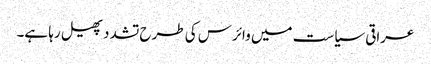
عراقی سیاست میں وائرس کی طرح تشدد پھیل رہا ہے۔